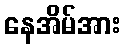
နေအိမ်အား